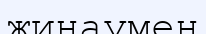
жинаумен